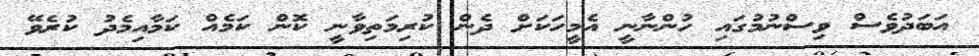
އަބަދުވެސް ވިސްނުމުގައި ހުންނާނީ އެމީހަކަށް ދެން ކުރިމަތިވާނީ ކޮން ކަމެއް ކަމާއިމެދު ކުރެވޭ